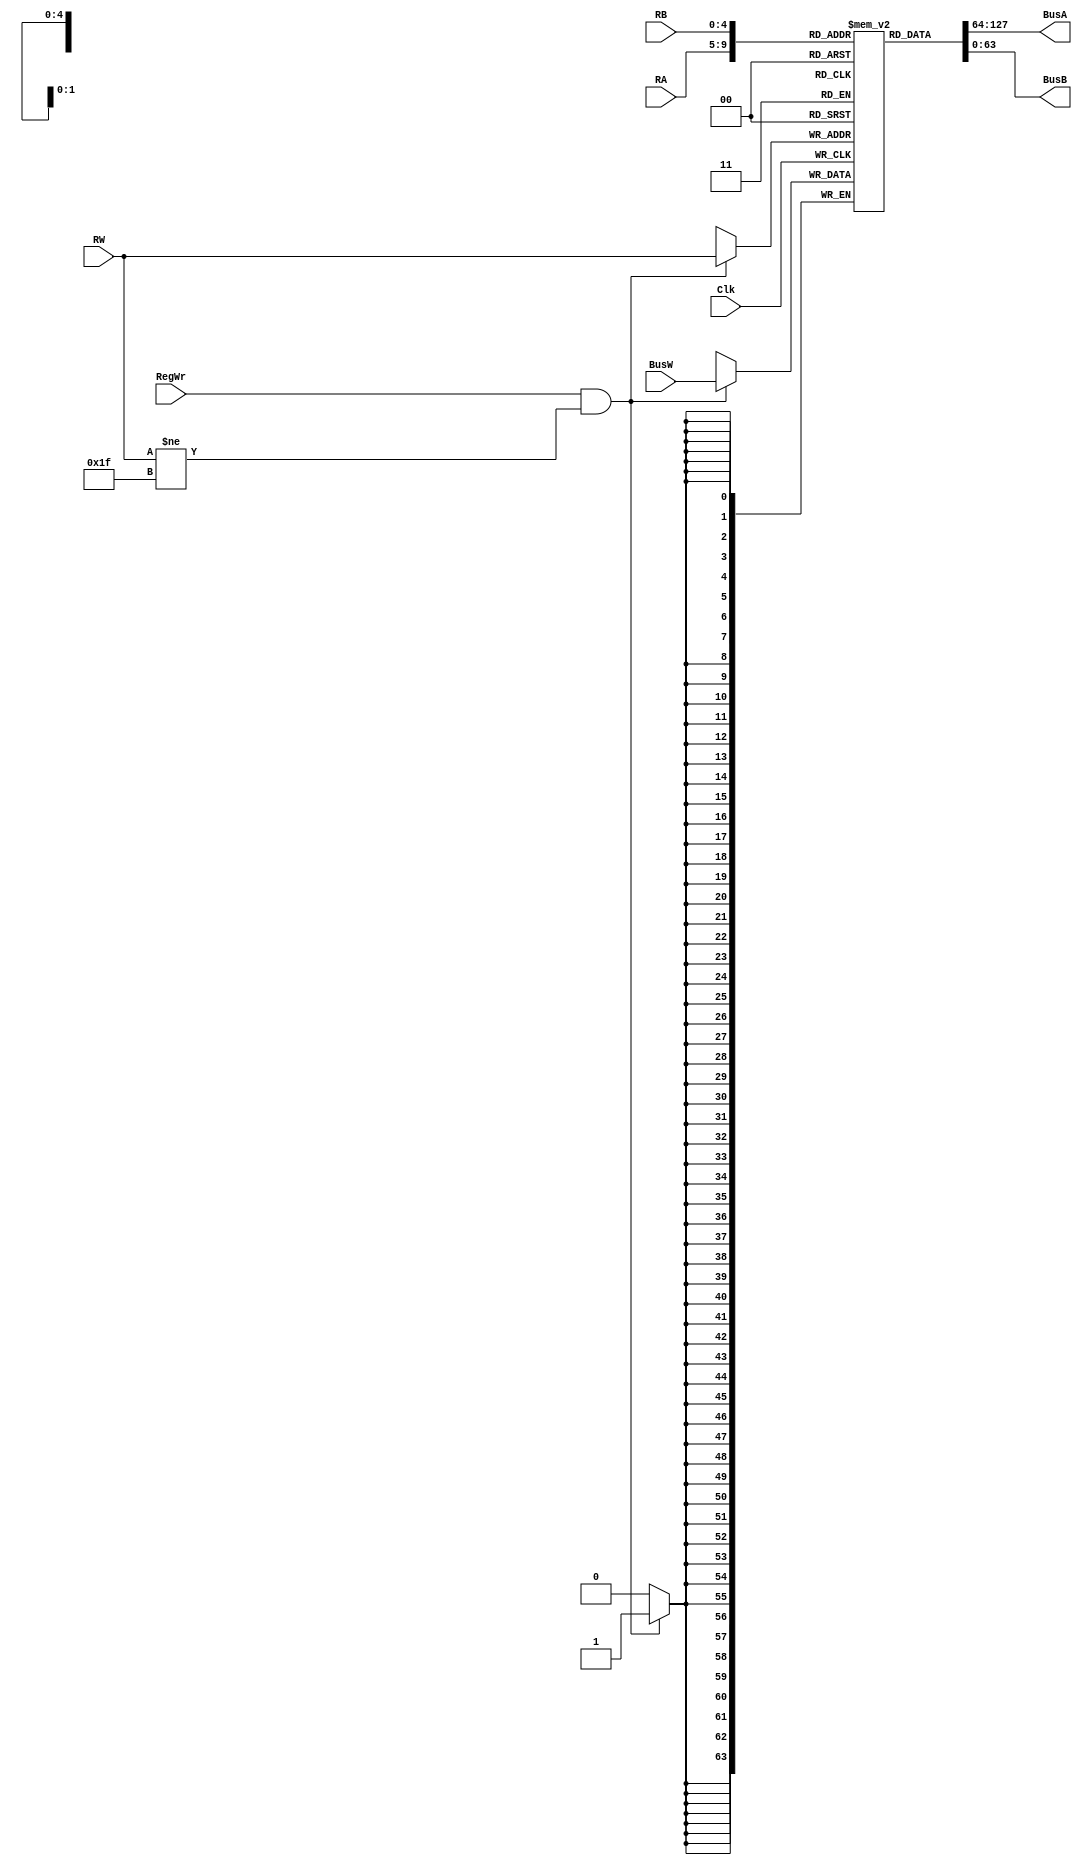
`timescale 1ns / 1ps

module RegisterFile(BusA, BusB, BusW, RA, RB, RW, RegWr, Clk);

    // Inputs and Outputs here
    input [63:0] BusW; 
    input [4:0] RA, RB, RW; 
    input RegWr;
    input Clk;
    output [63:0] BusA, BusB; 

    // 32x64 registers - 32 64-bit registers
    reg [63:0] registers [31:0];

    initial begin
        // Initializing regsiter 31, always should be 0
        registers[31] = 0;
    end

    // RA goes into BusA - 2 tics specified
    assign #2 BusA = registers[RA];

    // RB goes into RB - 2 tics specified
    assign #2 BusB = registers[RB];

    always @(negedge Clk) begin
        if (RegWr && RW != 31) begin
            registers[RW] <= #3 BusW; 
        end
    end
    
endmodule